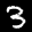
Label: 3